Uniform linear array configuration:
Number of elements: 4
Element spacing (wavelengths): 0.25
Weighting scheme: exponential
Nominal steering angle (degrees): -60
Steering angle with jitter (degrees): -58.352
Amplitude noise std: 0.05
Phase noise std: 0.05

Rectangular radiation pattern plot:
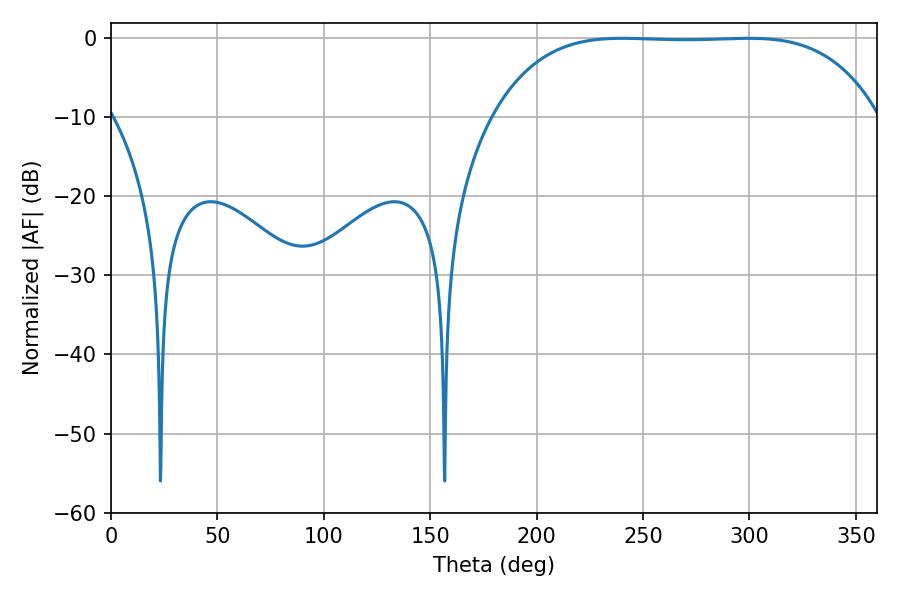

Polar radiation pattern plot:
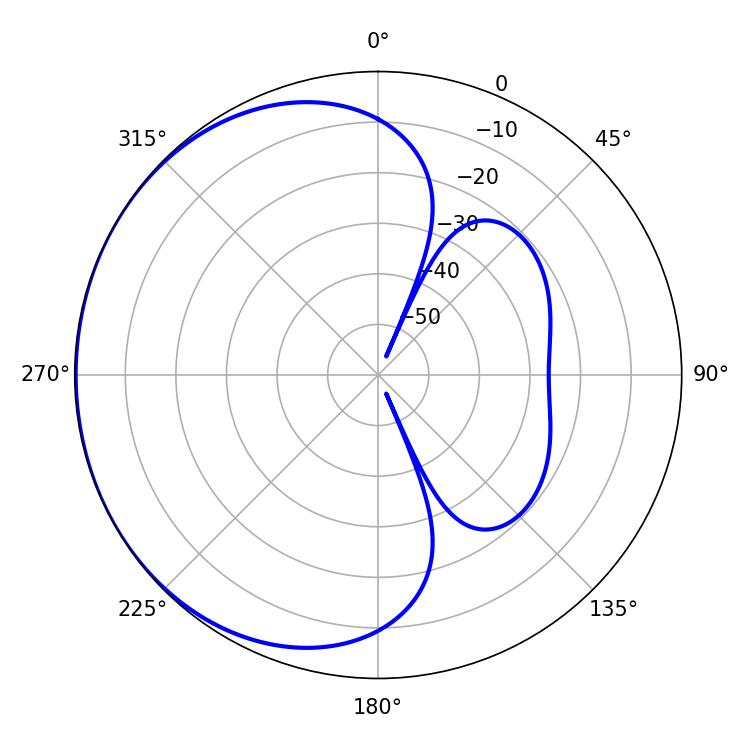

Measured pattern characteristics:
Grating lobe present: FALSE
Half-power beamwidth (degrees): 139.68
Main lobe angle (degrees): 240.3